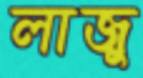
লাজু